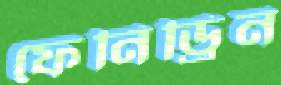
ফেনিড্রিন